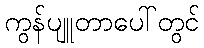
ကွန်ပျူတာပေါ်တွင်